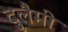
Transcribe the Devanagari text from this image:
दुलैमी